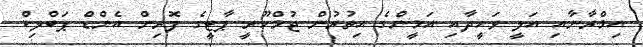
އިމްރާނާއި އަލީ ވަހީދާއި އަމީންގެ އިތުރުން ޖުމްހޫރީ ޕާޓީގެ ފޮރިން އެންޑް ޕަބްލިކް